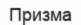
Призма